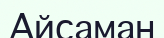
Айсаман